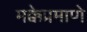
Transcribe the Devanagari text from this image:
मक्केप्रमाणे